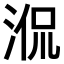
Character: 𣵿